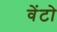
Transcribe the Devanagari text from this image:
वेंटो